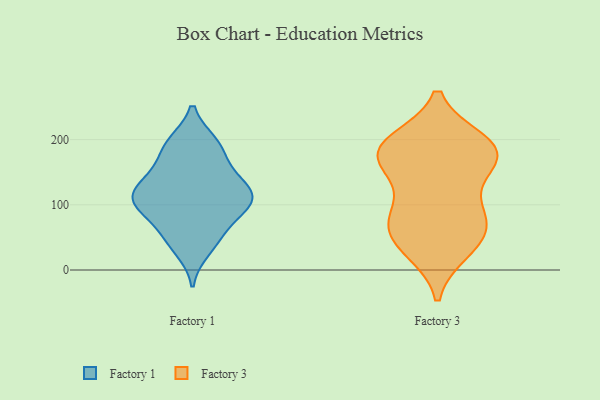
{"axis": {"x": "Net Income (USD K)", "y": "Value"}, "legend": ["Factory 1", "Factory 3"], "data": [{"x": "", "y": 109, "type": "Factory 1"}, {"x": "", "y": 80, "type": "Factory 1"}, {"x": "", "y": 103, "type": "Factory 1"}, {"x": "", "y": 119, "type": "Factory 1"}, {"x": "", "y": 195, "type": "Factory 1"}, {"x": "", "y": 150, "type": "Factory 1"}, {"x": "", "y": 55, "type": "Factory 1"}, {"x": "", "y": 92, "type": "Factory 1"}, {"x": "", "y": 117, "type": "Factory 1"}, {"x": "", "y": 136, "type": "Factory 1"}, {"x": "", "y": 47, "type": "Factory 1"}, {"x": "", "y": 118, "type": "Factory 1"}, {"x": "", "y": 31, "type": "Factory 1"}, {"x": "", "y": 102, "type": "Factory 1"}, {"x": "", "y": 190, "type": "Factory 1"}, {"x": "", "y": 158, "type": "Factory 1"}, {"x": "", "y": 193, "type": "Factory 1"}, {"x": "", "y": 83, "type": "Factory 3"}, {"x": "", "y": 161, "type": "Factory 3"}, {"x": "", "y": 31, "type": "Factory 3"}, {"x": "", "y": 198, "type": "Factory 3"}, {"x": "", "y": 87, "type": "Factory 3"}, {"x": "", "y": 176, "type": "Factory 3"}, {"x": "", "y": 53, "type": "Factory 3"}, {"x": "", "y": 186, "type": "Factory 3"}, {"x": "", "y": 29, "type": "Factory 3"}, {"x": "", "y": 90, "type": "Factory 3"}, {"x": "", "y": 156, "type": "Factory 3"}, {"x": "", "y": 77, "type": "Factory 3"}, {"x": "", "y": 195, "type": "Factory 3"}, {"x": "", "y": 196, "type": "Factory 3"}, {"x": "", "y": 154, "type": "Factory 3"}, {"x": "", "y": 51, "type": "Factory 3"}, {"x": "", "y": 182, "type": "Factory 3"}]}